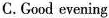
C.Good evening